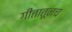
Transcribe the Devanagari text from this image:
गीतातूनच